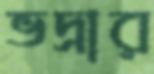
ভদ্রার